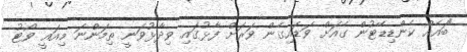
"ބައެއް ކެންޑިޑޭޓުން ގެއަށް ވަޑައިގެން ވަރަށް ފާޅުގައި ވިދާޅުވަނީ ތިމަންނަ މިއައީ ވޯޓު